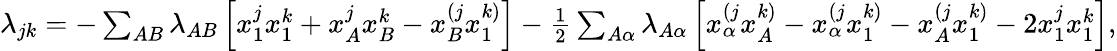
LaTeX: \begin{array}{r}{\lambda_{jk}=-\sum_{AB}\lambda_{AB}\left[x_{1}^{j}x_{1}^{k}+x_{A}^{j}x_{B}^{k}-x_{B}^{(j}x_{1}^{k)}\right]-\frac 12\sum_{A\alpha}\lambda_{A\alpha}\left[x_{\alpha}^{(j}x_{A}^{k)}-x_{\alpha}^{(j}x_{1}^{k)}-x_{A}^{(j}x_{1}^{k)}-2x_{1}^{j}x_{1}^{k}\right],}\end{array}